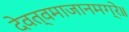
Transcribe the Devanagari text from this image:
देवत्वमाजानमग्रे॥